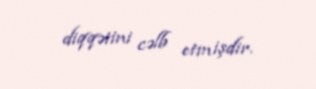
diqqətini cəlb etmişdir.